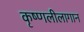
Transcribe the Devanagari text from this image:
कृष्णलीलागान